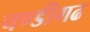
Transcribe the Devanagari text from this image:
चण्‍डीगढ